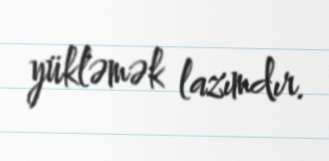
yükləmək lazımdır.